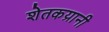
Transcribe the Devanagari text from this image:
शेतकय्रानी